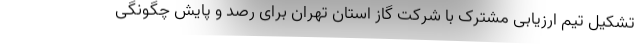
تشکیل تیم ارزیابی مشترک با شرکت گاز استان تهران برای رصد و پایش چگونگی